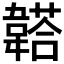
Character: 𩏒